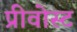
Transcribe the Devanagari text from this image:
प्रीवोस्ट